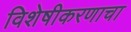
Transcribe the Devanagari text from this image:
विशेषीकरणाचा